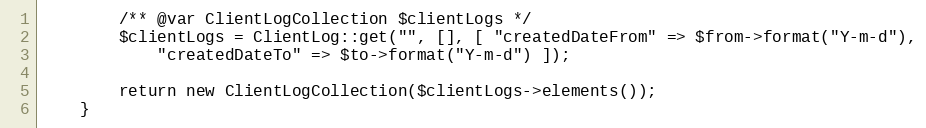
Language: PHP
        /** @var ClientLogCollection $clientLogs */
        $clientLogs = ClientLog::get("", [], [ "createdDateFrom" => $from->format("Y-m-d"),
            "createdDateTo" => $to->format("Y-m-d") ]);

        return new ClientLogCollection($clientLogs->elements());
    }